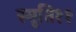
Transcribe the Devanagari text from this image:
स्मृति११